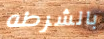
بالشرطه